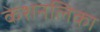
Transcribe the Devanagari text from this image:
केशनलिका